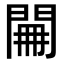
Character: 𨴕